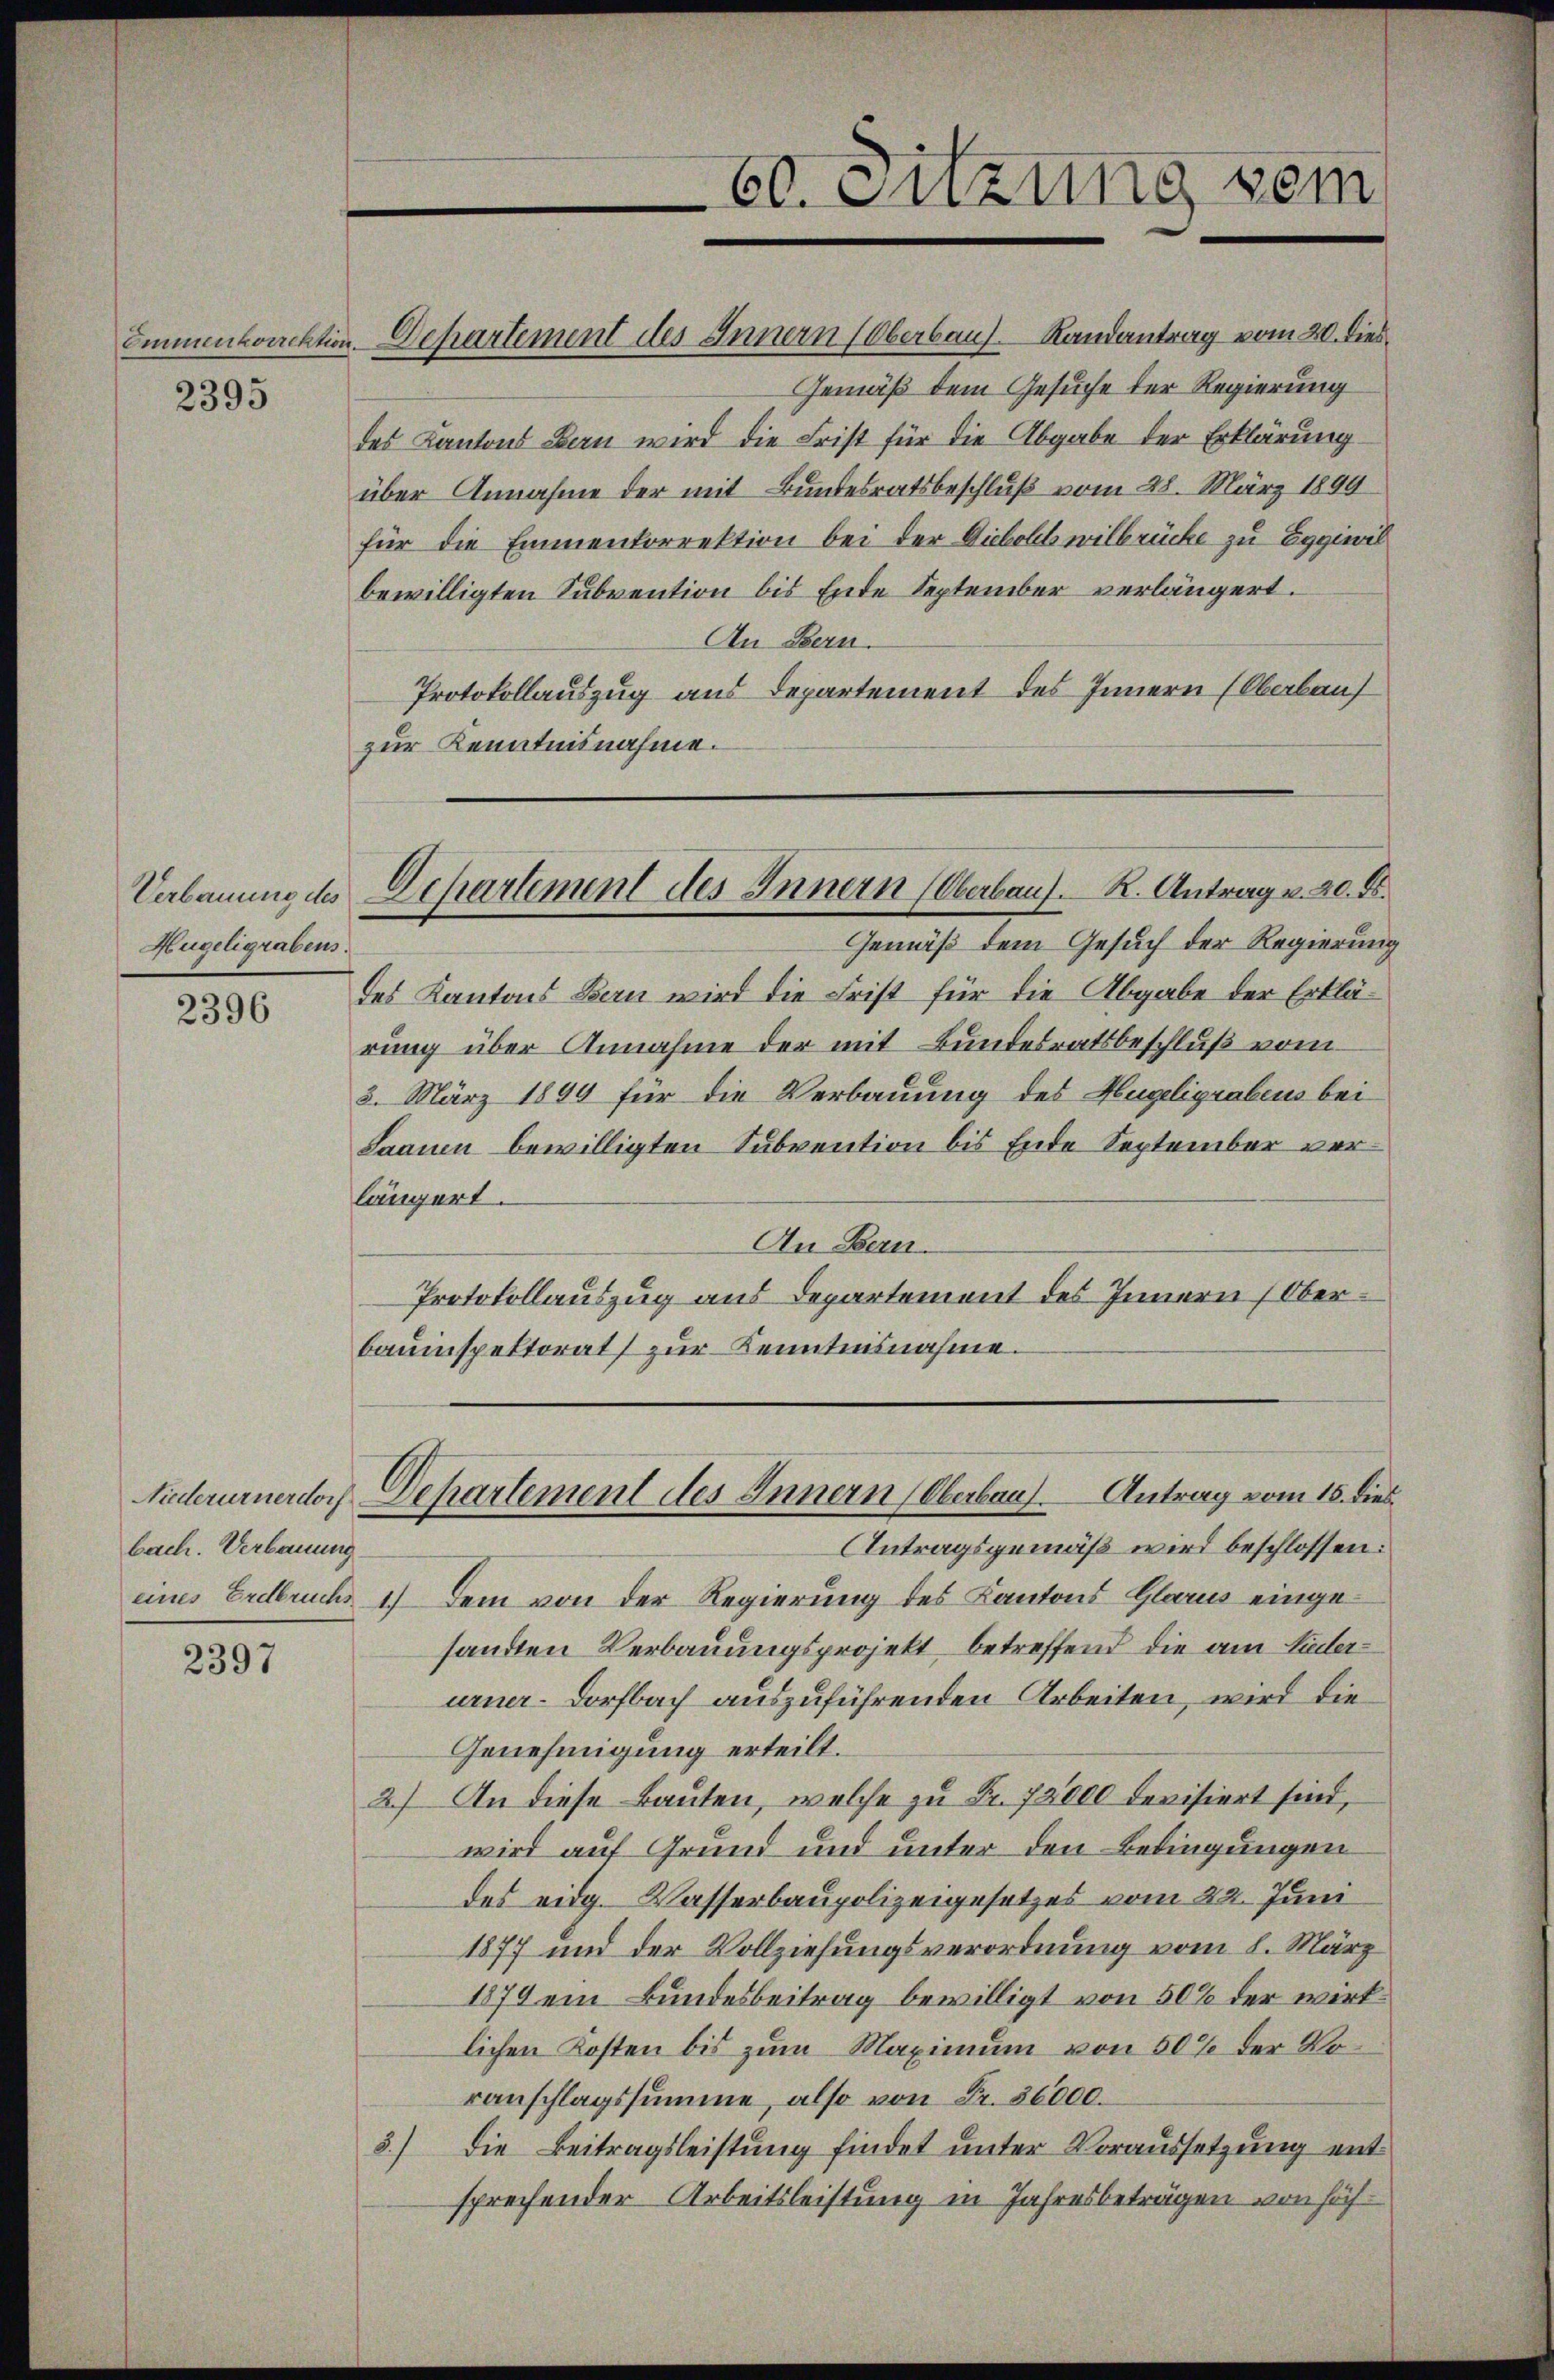
Ommenkorrektion.

2395

Verbauung des
Hügeligrabens.
s

2396

bach. Verbauung

2397

60. Sitzung vom

Dehartement des Innern (Oberbaus Randantrag vom 20. dies
Gemäß dem Gesuche der Regierung
des Kantons Bern wird die Frist für die Abgabe der Erklärung
über Annahme der mit Bundesratsbeschluß vom 28. März 1899
für die Emmenkorrektion bei der Diebollwilbrücke zu Eggiwil
bewilligten Subvention bis Ende September verlängert.
An Bern.
Protokollauszug aus Departement des Innern (Oberbau
zur Kenntnisnahme.
Departement des Innern (Oberbau). K. Antrag v. 20. ds.
Gemäß dem Gesuch der Regierung
des Kantons Bern wird die Frist für die Abgabe der Erklärung über Annahme der mit Bundesratsbeschluß vom
3. März 1899 für die Verbauung des Hügeligrabens bei
Saauen bewilligten Subvention bis Ende September verängert.
An Bern.
Protokollauszug aus Departement des Innern Oberbauinspektorat zur Kenntnisnahme.

Niederurnerdorf Departement des Innern (Oberbar. Antrag vom 15. dies

Antragsgemäß wird beschlossen:
eines Erdbruchs 1.) Dem von der Regierung des Kantons Glarus eingesandten Verbauungsprojekt betreffend die am Linderurner- Dorfbach auszuführenden Arbeiten, wird die
Genehmigung erteilt.
2.) An diese Bauten, welche zu Fr. 72000 devisiert sind,
wird auf Grund und unter den Bedingungen
das eidg. Wasserbaupolizeigesetzes vom 22. Juni
1877 und der Vollziehungsverordnung vom 1. März
1879 ein Bundesbeitrag bewilligt von 50% der wirklichen Kosten bis zum Maximum von 50% der Voranschlagssumme, also von Fr. 36000.
5.) Die Beitragsleistung findet unter Voraussetzung ent-
sprechender Arbeitsleistung in Jahresbeträgen von höch¬